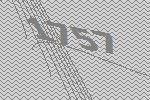
1757